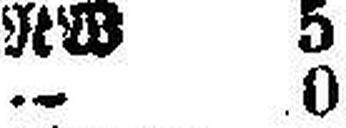
— 0